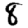
Digit: 8